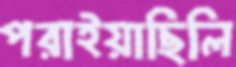
পরাইয়াছিলি